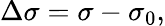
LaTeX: \Delta\sigma=\sigma-\sigma_{0},